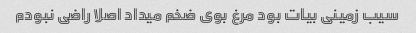
سیب زمینی بیات بود مرغ بوی ضخم میداد اصلا راضی نبودم